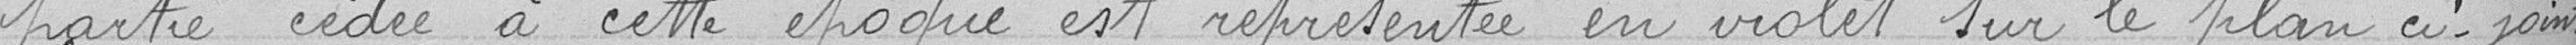
partie cédée à cette époque est représentée en violet sur le plan ci-joint